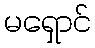
မရှောင်